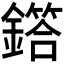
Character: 𫓌